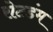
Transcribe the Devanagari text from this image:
रोटडंम